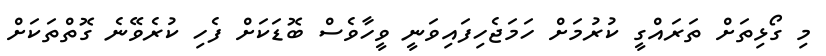
މި ގޯޅިތަށް ތަރައްގީ ކުރުމަށް ހަމަޖެހިފައިވަނީ ވީހާވެސް ބޮޑަކަށް ފެހި ކުރެވޭނެ ގޮތްތަކަށް